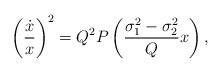
LaTeX: \begin{align*}\left(\frac{\dot{x}}{x}\right)^2=Q^2P\left( \frac{\sigma_1^2-\sigma_2^2}{Q}x\right),\end{align*}